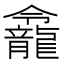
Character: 𪚙